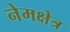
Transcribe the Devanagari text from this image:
नेमक्षेत्र